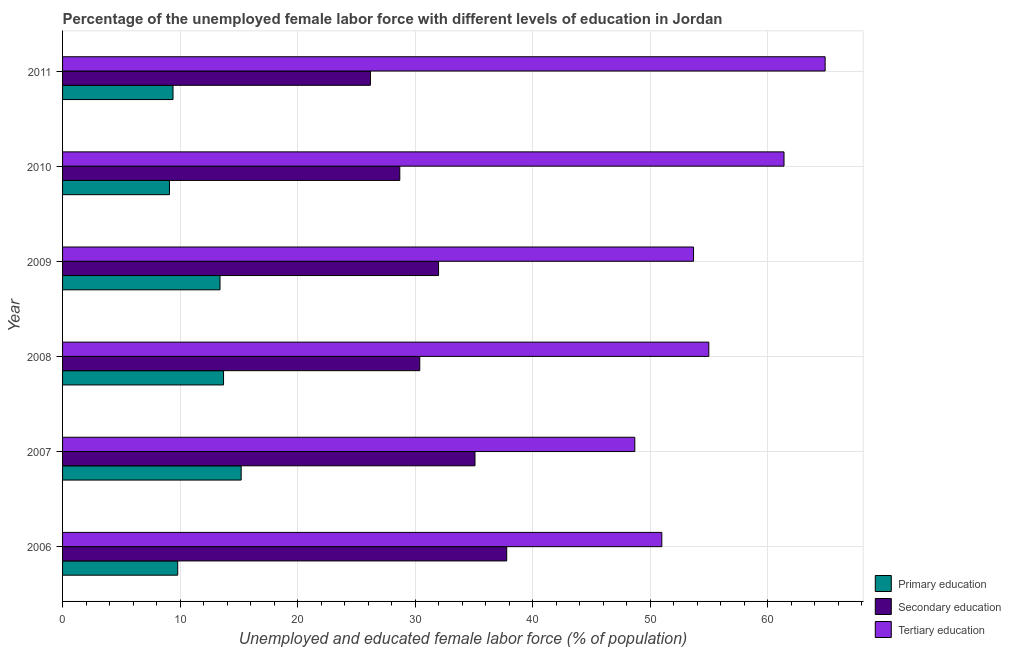
| Year | Primary education | Secondary education | Tertiary education |
 | --- | --- | --- | --- |
 | 2006 | 9.8 | 37.8 | 51 |
 | 2007 | 15.2 | 35.1 | 48.7 |
 | 2008 | 13.7 | 30.4 | 55 |
 | 2009 | 13.4 | 32 | 53.7 |
 | 2010 | 9.1 | 28.7 | 61.4 |
 | 2011 | 9.4 | 26.2 | 64.9 |